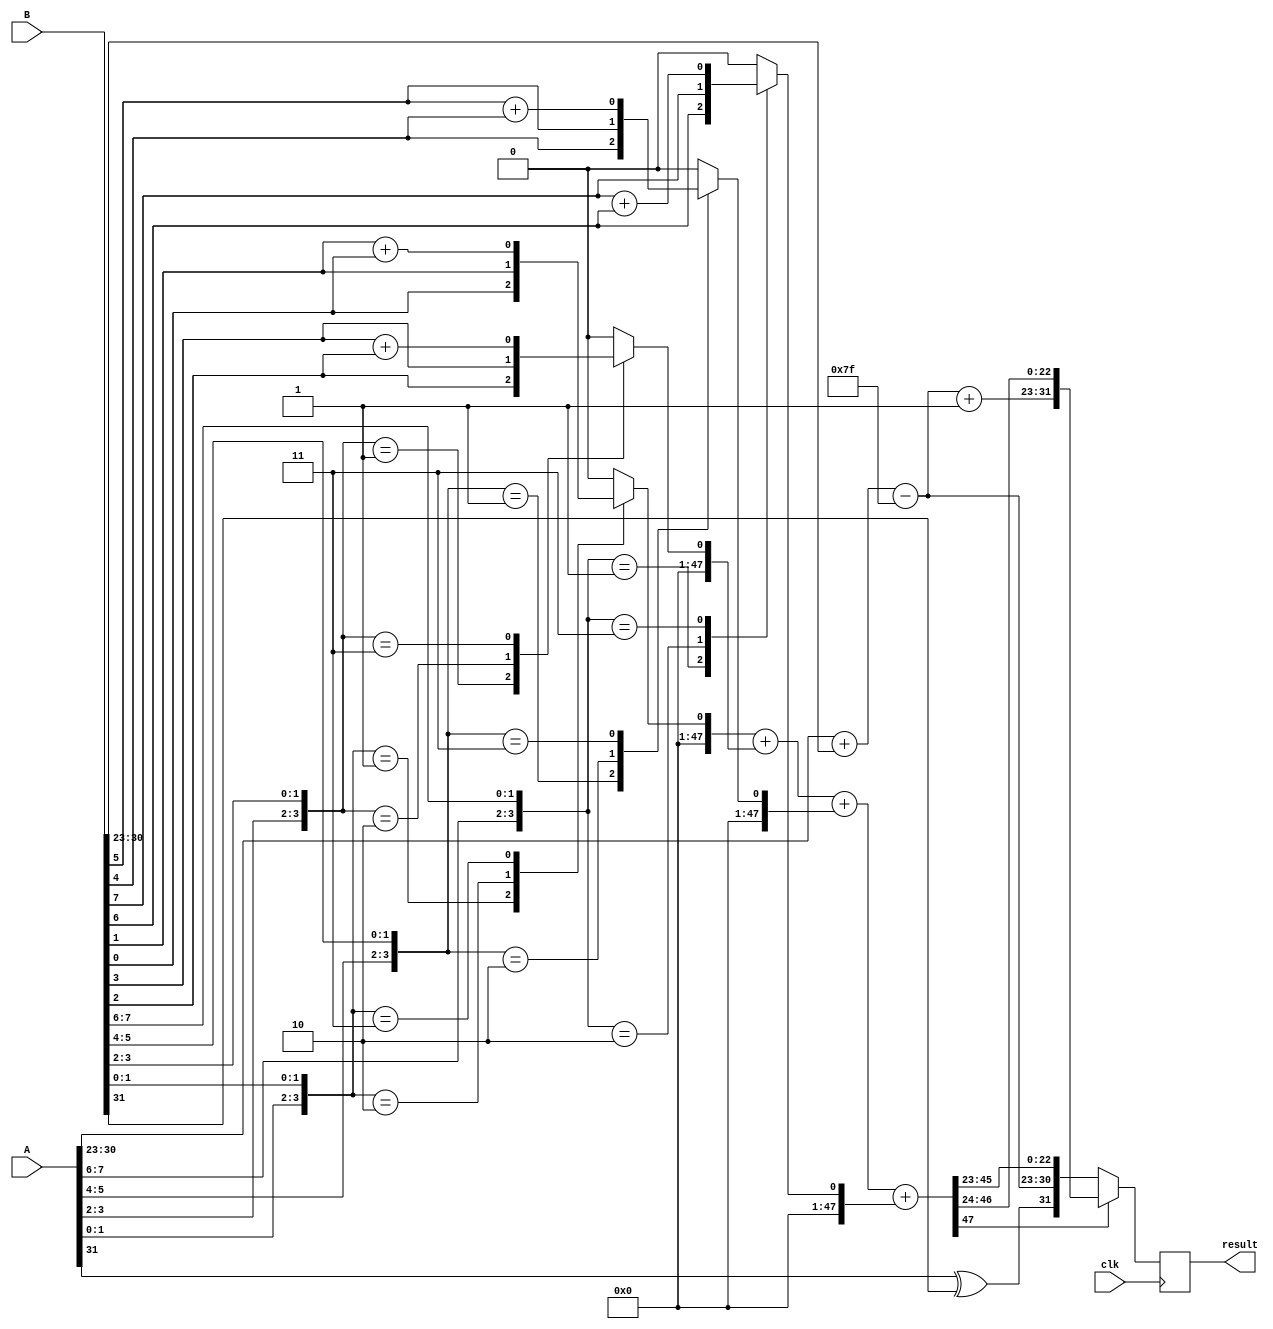
module radix4_fp_multiplier (
    input wire clk,
    input wire [31:0] A, // Input A in IEEE 754 format
    input wire [31:0] B, // Input B in IEEE 754 format
    output reg [31:0] result // Output result in IEEE 754 format
);

    // IEEE 754 components
    wire signA = A[31];
    wire signB = B[31];
    wire [7:0] expA = A[30:23];
    wire [7:0] expB = B[30:23];
    wire [22:0] mantA = A[22:0];
    wire [22:0] mantB = B[22:0];

    // Intermediate signals
    reg [23:0] mantA_ext, mantB_ext; // Extended mantissas with implicit leading 1
    reg [7:0] exp_result; // Result exponent
    reg sign_result; // Result sign
    reg [47:0] partial_products [0:3]; // Partial products for Radix-4
    reg [47:0] sum; // Sum of partial products
    integer i;

    // Sign handling
    always @(*) begin
        sign_result = signA ^ signB; // XOR for sign
    end

    // Exponent calculation
    always @(*) begin
        exp_result = (expA + expB) - 8'd127; // Subtract bias
    end

    // Mantissa handling
    always @(*) begin
        mantA_ext = {1'b1, mantA}; // Normalized mantissa A
        mantB_ext = {1'b1, mantB}; // Normalized mantissa B

        // Radix-4 Booth encoding for mantissa multiplication
        for (i = 0; i < 4; i = i + 1) begin
            case ({mantA_ext[i*2 + 1], mantA_ext[i*2], mantB_ext[i*2 + 1], mantB_ext[i*2]})
                4'b0000: partial_products[i] = 48'b0; // 0
                4'b0001: partial_products[i] = {24'b0, mantB_ext[i*2]}; // +B
                4'b0010: partial_products[i] = {24'b0, mantB_ext[i*2 + 1]}; // -B
                4'b0011: partial_products[i] = {24'b0, mantB_ext[i*2 + 1] + mantB_ext[i*2]}; // +B + B
                // Add more cases as needed for Radix-4
                default: partial_products[i] = 48'b0; // Default case
            endcase
        end

        // Sum the partial products (simple addition for demonstration)
        sum = partial_products[0] + partial_products[1] + partial_products[2] + partial_products[3];
    end

    // Normalization and rounding
    always @(posedge clk) begin
        // Normalize the result and adjust exponent if necessary
        // This is a simplified example; actual normalization and rounding logic is needed
        if (sum[47]) begin
            result <= {sign_result, exp_result + 1, sum[46:24]}; // Shift right
        end else begin
            result <= {sign_result, exp_result, sum[45:23]}; // No shift
        end
    end

endmodule